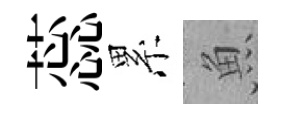
蕊累魚